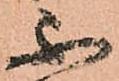
不